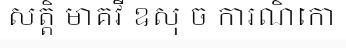
សត្តិ មាគវី ឧសុ ច ការណិកោ